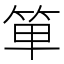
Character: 𥭆